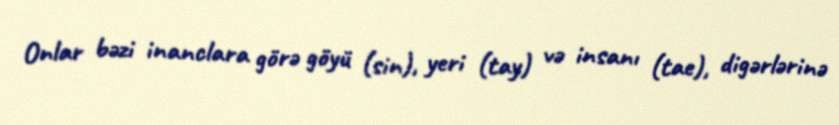
Onlar bəzi inanclara görə göyü (sin), yeri (tay) və insanı (tae), digərlərinə